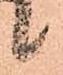
ヽ